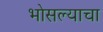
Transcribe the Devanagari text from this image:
भोसल्याचा